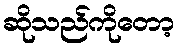
ဆိုသည်ကိုတော့